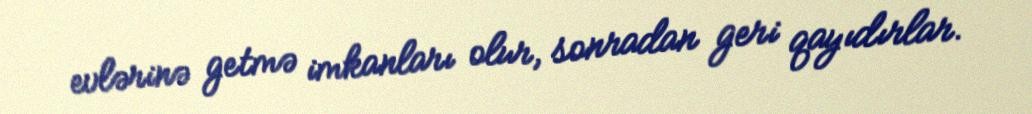
evlərinə getmə imkanları olur, sonradan geri qayıdırlar.